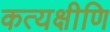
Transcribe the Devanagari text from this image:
कत्यक्षीणि